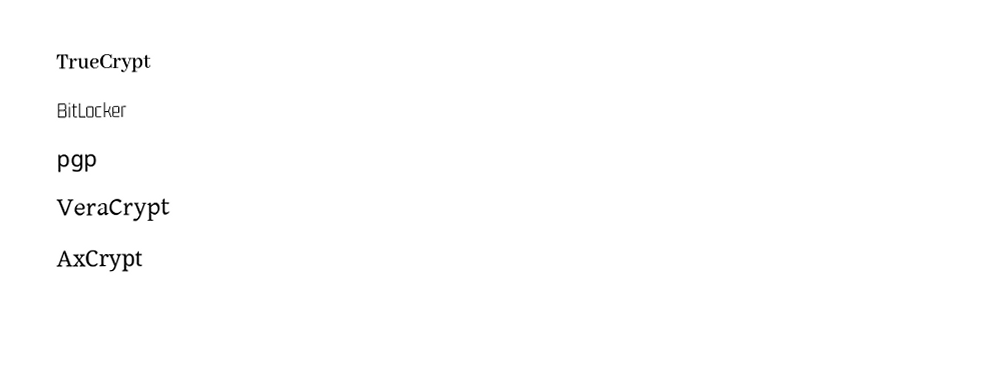
TrueCrypt
 BitLocker
 pgp
 VeraCrypt
 AxCrypt